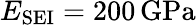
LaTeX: E_{\mathrm{SEI}}=200\, \mathrm{GPa}